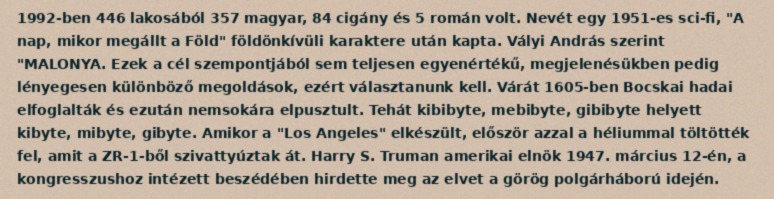
1992-ben 446 lakosából 357 magyar, 84 cigány és 5 román volt. Nevét egy 1951-es sci-fi, "A nap, mikor megállt a Föld" földönkívüli karaktere után kapta. Vályi András szerint "MALONYA. Ezek a cél szempontjából sem teljesen egyenértékű, megjelenésükben pedig lényegesen különböző megoldások, ezért választanunk kell. Várát 1605-ben Bocskai hadai elfoglalták és ezután nemsokára elpusztult. Tehát kibibyte, mebibyte, gibibyte helyett kibyte, mibyte, gibyte. Amikor a "Los Angeles" elkészült, először azzal a héliummal töltötték fel, amit a ZR-1-ből szivattyúztak át. Harry S. Truman amerikai elnök 1947. március 12-én, a kongresszushoz intézett beszédében hirdette meg az elvet a görög polgárháború idején.